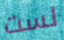
لست